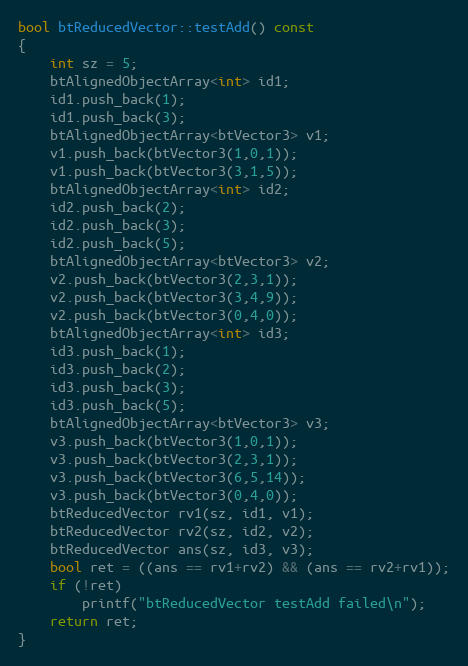
Language: C++
bool btReducedVector::testAdd() const
{
    int sz = 5;
    btAlignedObjectArray<int> id1;
    id1.push_back(1);
    id1.push_back(3);
    btAlignedObjectArray<btVector3> v1;
    v1.push_back(btVector3(1,0,1));
    v1.push_back(btVector3(3,1,5));
    btAlignedObjectArray<int> id2;
    id2.push_back(2);
    id2.push_back(3);
    id2.push_back(5);
    btAlignedObjectArray<btVector3> v2;
    v2.push_back(btVector3(2,3,1));
    v2.push_back(btVector3(3,4,9));
    v2.push_back(btVector3(0,4,0));
    btAlignedObjectArray<int> id3;
    id3.push_back(1);
    id3.push_back(2);
    id3.push_back(3);
    id3.push_back(5);
    btAlignedObjectArray<btVector3> v3;
    v3.push_back(btVector3(1,0,1));
    v3.push_back(btVector3(2,3,1));
    v3.push_back(btVector3(6,5,14));
    v3.push_back(btVector3(0,4,0));
    btReducedVector rv1(sz, id1, v1);
    btReducedVector rv2(sz, id2, v2);
    btReducedVector ans(sz, id3, v3);
    bool ret = ((ans == rv1+rv2) && (ans == rv2+rv1));
    if (!ret)
        printf("btReducedVector testAdd failed\n");
    return ret;
}